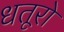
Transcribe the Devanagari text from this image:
धतूरो